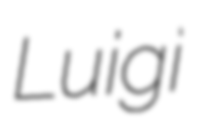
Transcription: Luigi